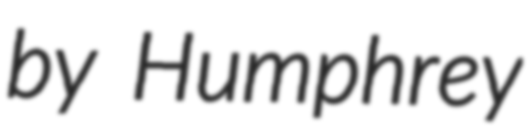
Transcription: by Humphrey